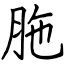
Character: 胣